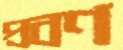
প্রবণ